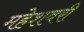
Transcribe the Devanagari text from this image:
महेशवरी